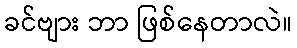
ခင်ဗျား ဘာ ဖြစ်နေတာလဲ။